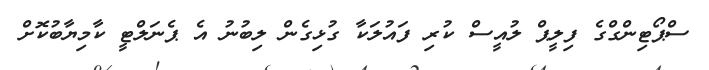
ސްޕޯޓިންގްގެ ފިލީޕް ލުއީސް ކުރި ފައުލަކާ ގުޅިގެން ލިބުނު އެ ޕެނަލްޓީ ކާމިޔާބުކޮށް